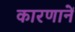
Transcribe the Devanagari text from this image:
कारणानें